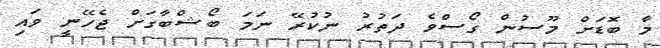
މާ ބޮޑަށް މޫސުން ގޯސްވެ ދަތުރު ނުކުރޭ ނަމަ ބޯޝްބާގަށް ޖެހޭނީ ވައި